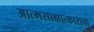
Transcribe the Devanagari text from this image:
आत्मसाक्षात्काराचा